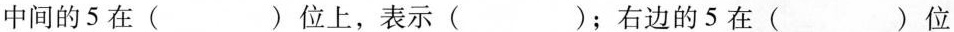
中间的5在( )位上，表示( )；右边的5在( )位